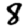
Digit: 8